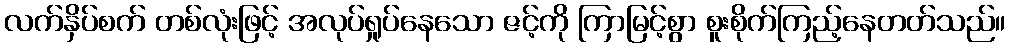
လက်နှိပ်စက် တစ်လုံးဖြင့် အလုပ်ရှုပ်နေသော ဇင့်ကို ကြာမြင့်စွာ စူးစိုက်ကြည့်နေတတ်သည်။